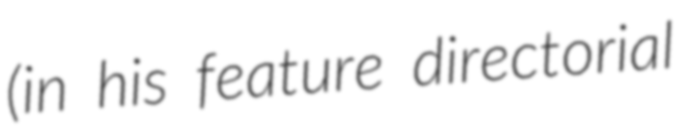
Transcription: (in his feature directorial